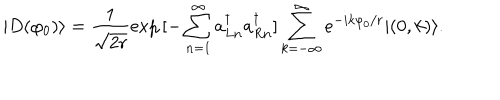
| D ( \varphi _ { 0 } ) \rangle = \frac { 1 } { \sqrt { 2 r } } \exp { [ - \sum _ { n = 1 } ^ { \infty } a _ { L n } ^ { \dagger } a _ { R n } ^ { \dagger } ] } \sum _ { k = - \infty } ^ { \infty } e ^ { - i k \varphi _ { 0 } / r } | ( 0 , k ) \rangle .